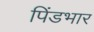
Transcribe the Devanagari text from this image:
पिंडभार